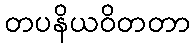
တပနိယဝိတတာ